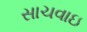
સાચવાઇ